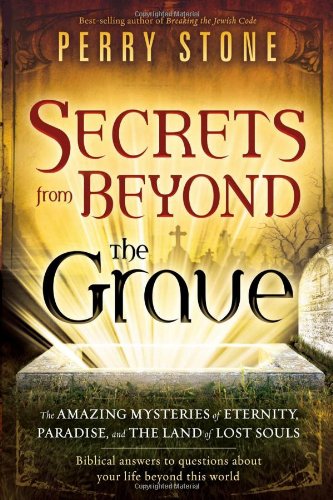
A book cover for Secrets from Beyond The Grave: The Amazing Mysteries of Eternity, Paradise, and the Land of Lost Souls; Perry Stone; Christian Books & Bibles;